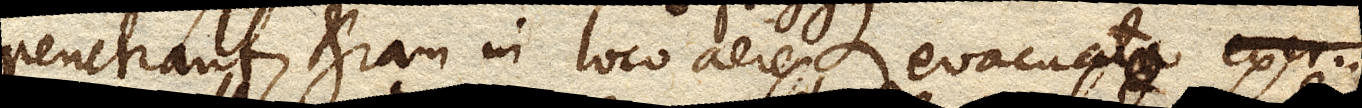
penetrant, etiam in loco aere evacuato